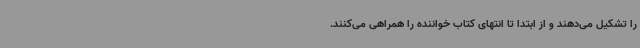
را تشکیل می‌دهند و از ابتدا تا انتهای کتاب خواننده را همراهی می‌کنند.